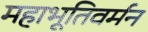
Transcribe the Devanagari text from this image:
महाभूतिवर्मन